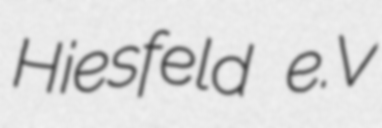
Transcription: Hiesfeld e.V